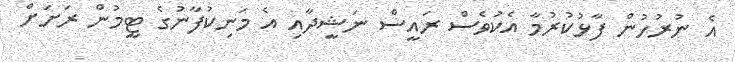
އެ ނުރުހުން ފާޅުކުރުމާ އެކުވެސް ރައީސް ނަޝީދާއި އެ މަނިކުފާނުގެ ޓީމުން ރަށަށް